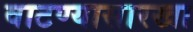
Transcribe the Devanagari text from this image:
वाटण्यासारखा